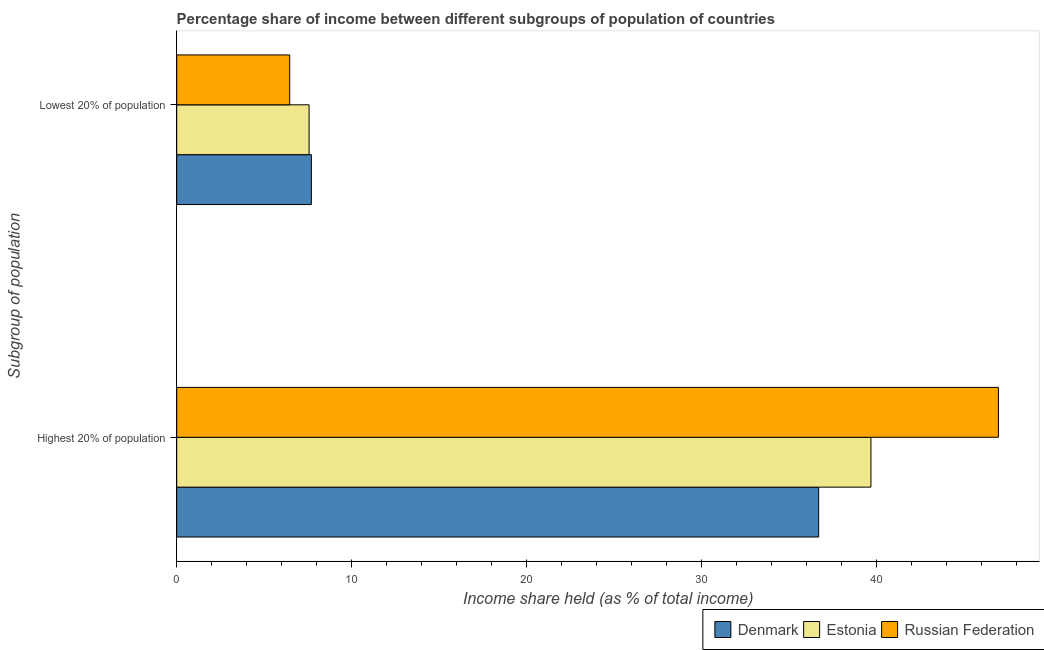
| Subgroup of population | Denmark | Estonia | Russian Federation |
 | --- | --- | --- | --- |
 | Highest 20% of population | 36.7 | 39.7 | 47 |
 | Lowest 20% of population | 7.7 | 7.57 | 6.46 |